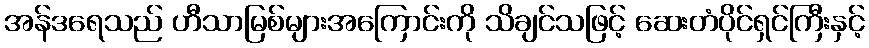
အန်ဒရေသည် ဟီသာမြစ်များအကြောင်းကို သိချင်သဖြင့် ဆေးတံပိုင်ရှင်ကြီးနှင့်